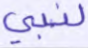
لنبي